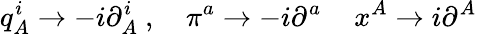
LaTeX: q_{A}^{i}\rightarrow-i\partial_{A}^{i}\ ,\quad\pi^{a}\rightarrow-i\partial^{a}\, \quad x^{A}\rightarrow i\partial^{A}